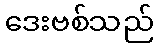
ဒေးဗစ်သည်